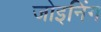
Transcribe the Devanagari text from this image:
जोइनिंग